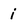
Character: i